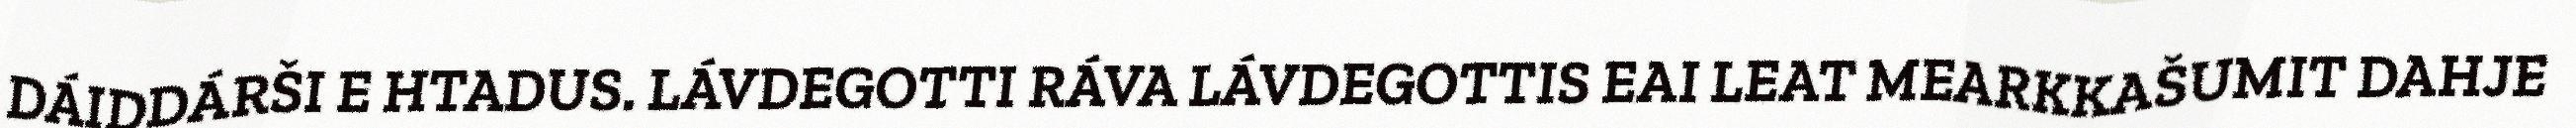
DÁIDDÁRŠI E HTADUS. LÁVDEGOTTI RÁVA LÁVDEGOTTIS EAI LEAT MEARKKAŠUMIT DAHJE